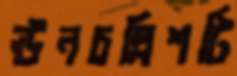
ঊনচল্লিশটি